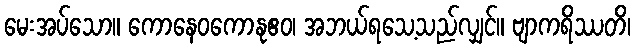
မေးအပ်သော။ ကောနေဝကောနုဧဝ၊ အဘယ်ရသေ့သည်လျှင်။ ဗျာကရိဿတိ၊